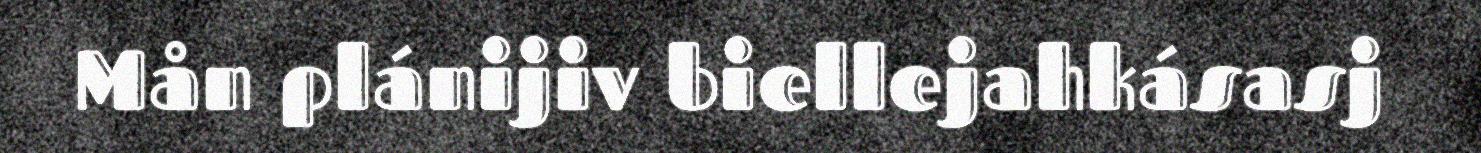
Mån plánijiv biellejahkásasj